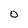
Character: 0